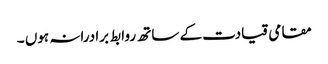
مقامی قیادت کے ساتھ روابط برادرانہ ہوں ۔